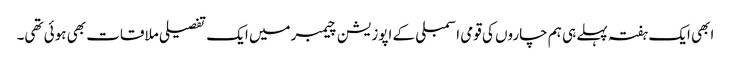
ابھی ایک ہفتہ پہلے ہی ہم چاروں کی قومی اسمبلی کے اپوزیشن چیمبرمیں ایک تفصیلی ملاقات بھی ہوئی تھی۔